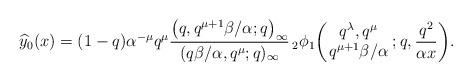
LaTeX: \begin{align*}& \widehat{y}_0(x) =(1-q)\alpha^{-\mu}q^{\mu}\frac{\big(q, q^{\mu+1}\beta/\alpha;q\big)_{\infty}}{(q\beta/\alpha, q^{\mu};q)_{\infty}} \,_2\phi_1 \biggl(\!\! \begin{array}{c} q^{\lambda},q^{\mu}\\ q^{\mu+1}\beta/\alpha \end{array}\! ;q, \frac{q^2}{\alpha x} \biggr).\end{align*}